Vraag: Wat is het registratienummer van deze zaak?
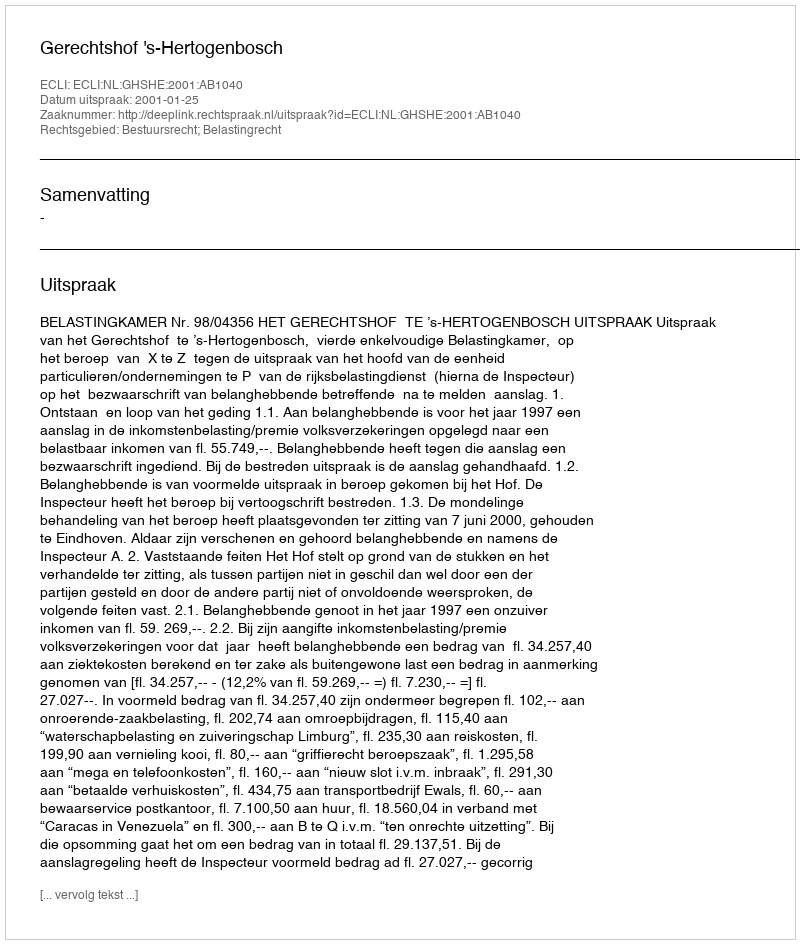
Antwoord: http://deeplink.rechtspraak.nl/uitspraak?id=ECLI:NL:GHSHE:2001:AB1040